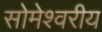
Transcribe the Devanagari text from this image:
सोमेश्वरीय